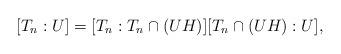
LaTeX: \begin{align*}[T_n : U] = [T_n: T_n \cap (UH)] [T_n \cap (UH):U],\end{align*}